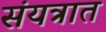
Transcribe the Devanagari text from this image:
संयत्रात